Tezpur Lunatic Asylum reports 1877-1894 - 1877-1894
Year: 1877
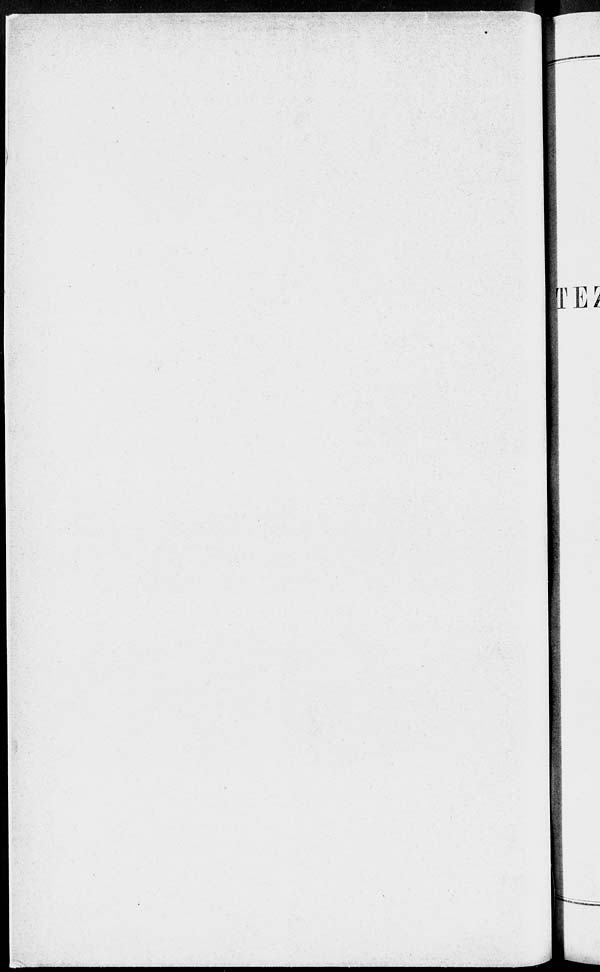
wm